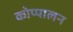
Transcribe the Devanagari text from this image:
कोप्पालन